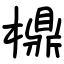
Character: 檙